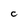
Character: C